Indian Medical Review
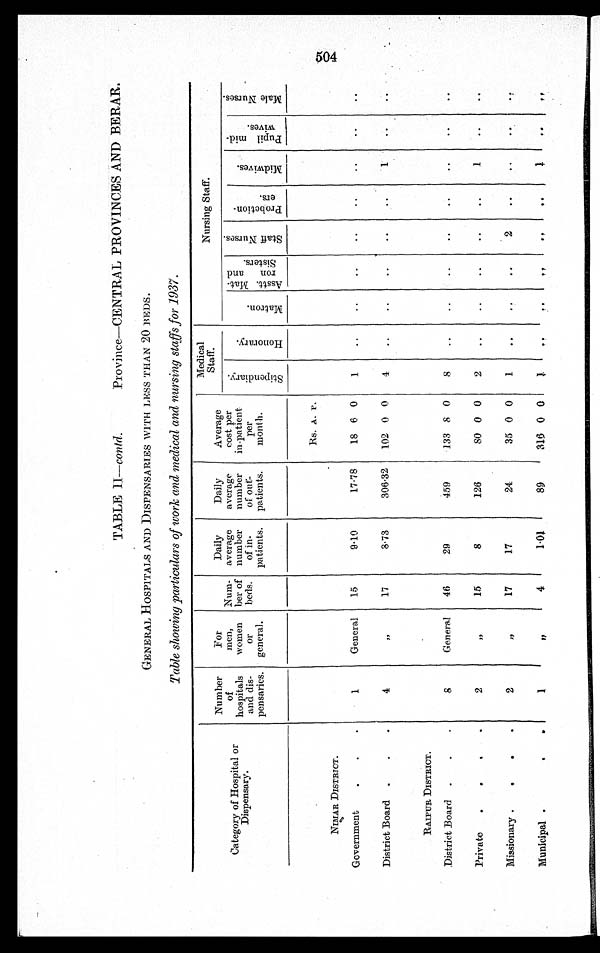
TABLE II—contd.
Province—CENTRAL PROVINCES AND BERAR.
GENERAL HOSPITALS AND DISPENSARIES WITH LESS THAN 20 BEDS.
Table showing particulars of work and medical and nursing staffs for 1937.
Category of Hospital or
Dispensary.
Number
of
hospitals
and dis-
pensaries.
For
men,
women
or
general.
Num-
ber of
beds.
Daily
average
number
of in-
patients.
Daily
average
number
of
out-
patients.
Average
cost per
in-patient
per
month.
Medical
Staff.
Nursing Staff.
S t i p e n d i a r y .
H o n o r a r y .
M a t r o n .
A s s t t . M a t - r o n a n d S i s t e r s .
S t a f f N u r s e s .
P r o b a t i o n - e r s .
M i d w i v e s .
P u p i l m i d - w i v e s .
M a l e N u r s e s .
Rs. A. P.
NIMAR DISTRICT.
Government
1
General
15
9.10
17.78
18 6 0
1
..
..
..
..
..
..
..
..
District Board
4
"
17
8.73
306.32
102 0 0
4
..
..
..
..
..
1
..
..
RAIPUR DISTRICT.
District Board
8
General
46
29
459
133 8 0
8
..
..
..
..
..
..
..
. .
Private
2
"
15
8
126
80 0 0
2
..
..
..
..
..
1
. .
. .
Missionary
2
"
17
17
24
35 0 0
1
. .
..
..
2
..
..
. .
. .
Municipal
1
"
4
1.01
89
316 0 0
1
..
. .
1
..
. .